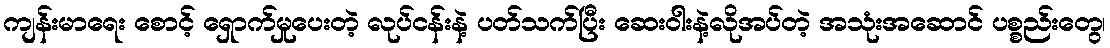
ကျန်းမာရေး စောင့် ရှောက်မှုပေးတဲ့ လုပ်ငန်းနဲ့ ပတ်သက်ပြီး ဆေးဝါးနဲ့လိုအပ်တဲ့ အသုံးအဆောင် ပစ္စည်းတွေ၊